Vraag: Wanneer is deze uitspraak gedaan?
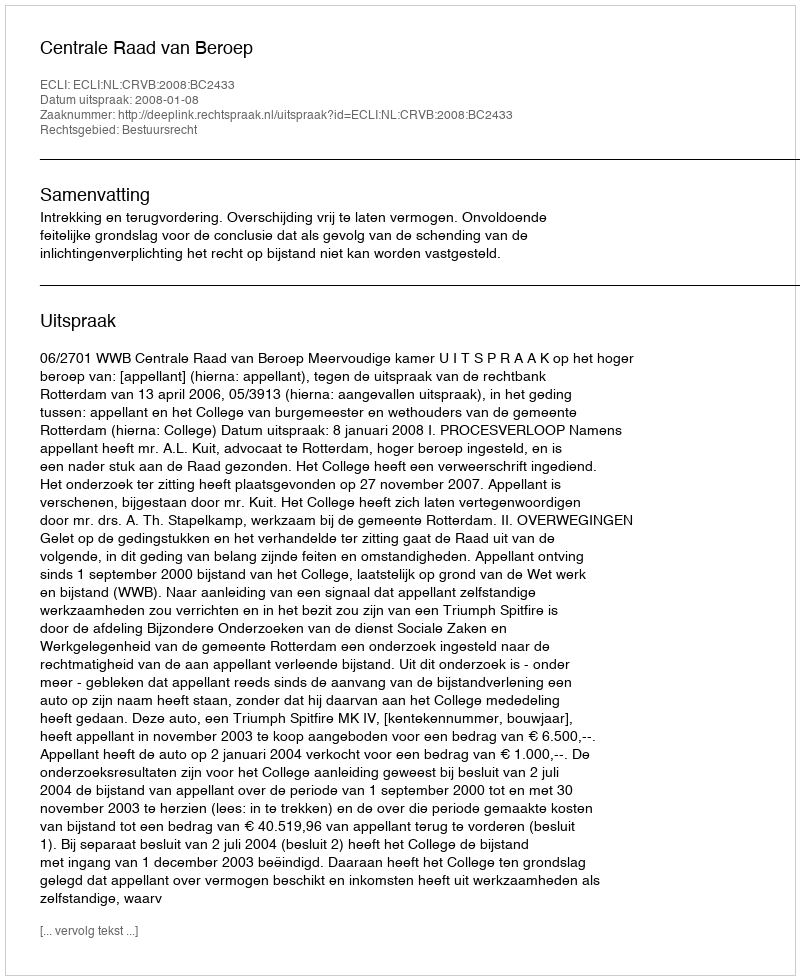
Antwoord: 2008-01-08